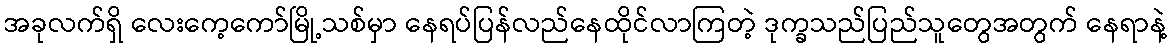
အခုလက်ရှိ လေးကေ့ကော်မြို့သစ်မှာ နေရပ်ပြန်လည်နေထိုင်လာကြတဲ့ ဒုက္ခသည်ပြည်သူတွေအတွက် နေရာနဲ့